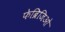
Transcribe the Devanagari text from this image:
फेब्रिजिओ